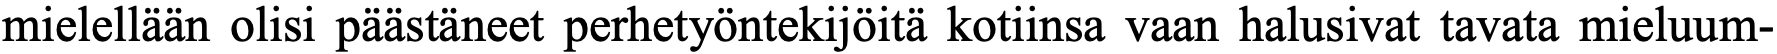
mielellään olisi päästäneet perhetyöntekijöitä kotiinsa vaan halusivat tavata mieluum-